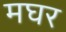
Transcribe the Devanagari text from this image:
मघर